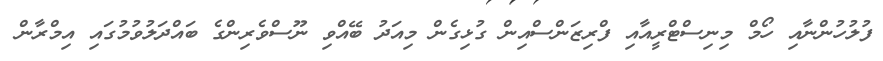
ފުލުހުންނާއި ހޯމް މިނިސްޓްރީއާއި ފްރިޒަންސްއިން ގުޅިގެން މިއަދު ބޭއްވި ނޫސްވެރިންގެ ބައްދަލުވުމުގައި އިމްރާން